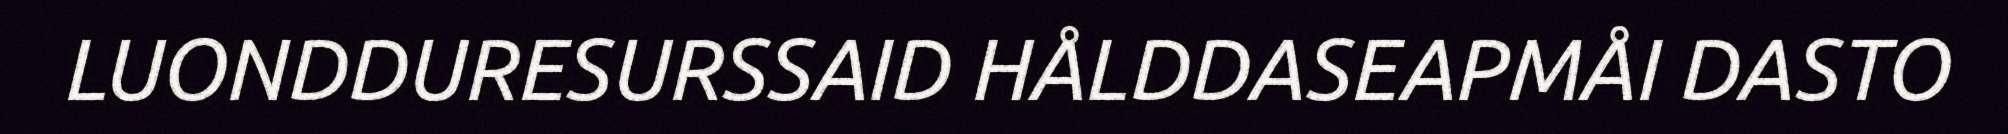
LUONDDURESURSSAID HÅLDDASEAPMÅI DASTO